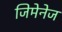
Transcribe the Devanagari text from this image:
जिमेनेज